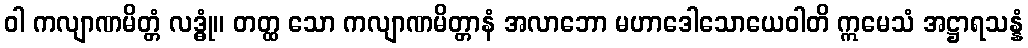
ဝါ ကလျာဏမိတ္တံ လဒ္ဓုံ။ တတ္ထ သော ကလျာဏမိတ္တာနံ အလာဘော မဟာဒေါသောယေဝါတိ ဣမေသံ အဋ္ဌာရသန္နံ